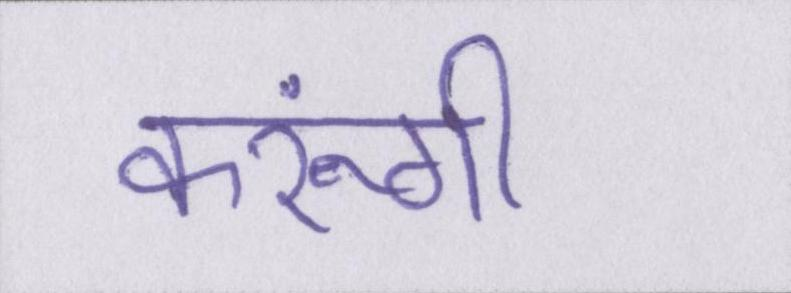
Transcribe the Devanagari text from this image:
करूंगी